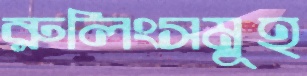
রুলিংসমূহ